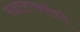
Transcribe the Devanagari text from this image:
संक्षारणबरोधी